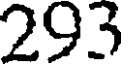
293